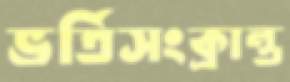
ভর্তিসংক্রান্ত